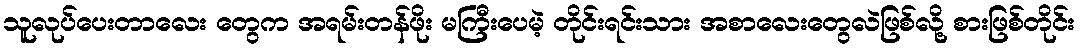
သူလုပ်ပေးတာလေး တွေက အရမ်းတန်ဖိုး မကြီးပေမဲ့ တိုင်းရင်းသား အစာလေးတွေလဲဖြစ်လို့ စားဖြစ်တိုင်း